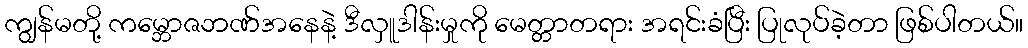
ကျွန်မတို့ ကမ္ဘောဇဘဏ်အနေနဲ့ ဒီလှူဒါန်းမှုကို မေတ္တာတရား အရင်းခံပြီး ပြုလုပ်ခဲ့တာ ဖြစ်ပါတယ်။